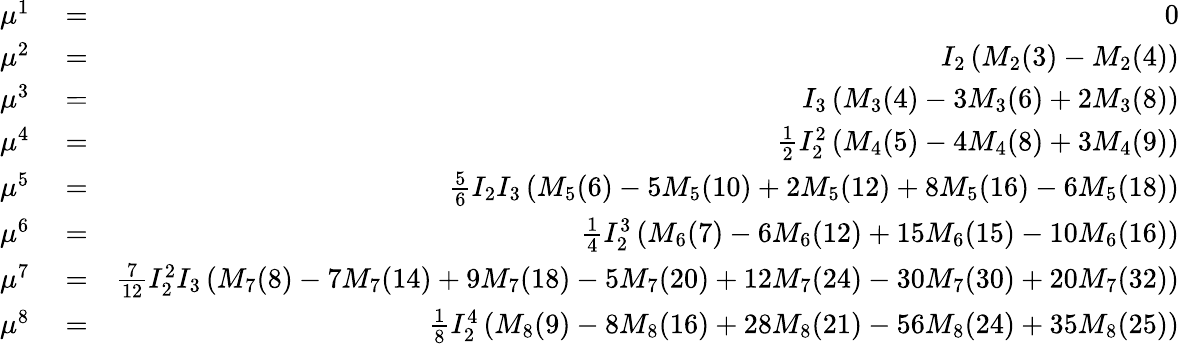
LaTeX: \begin{array}{rlr}{\mu^{1}}&{{}=}&{0}\\ {\mu^{2}}&{{}=}&{I_{2}\left(M_{2}(3)-M_{2}(4)\right)}\\ {\mu^{3}}&{{}=}&{I_{3}\left(M_{3}(4)-3M_{3}(6)+2M_{3}(8)\right)}\\ {\mu^{4}}&{{}=}&{\frac{1}{2}I_{2}^{2}\left(M_{4}(5)-4M_{4}(8)+3M_{4}(9)\right)}\\ {\mu^{5}}&{{}=}&{\frac{5}{6}I_{2}I_{3}\left(M_{5}(6)-5M_{5}(10)+2M_{5}(12)+8M_{5}(16)-6M_{5}(18)\right)}\\ {\mu^{6}}&{{}=}&{\frac{1}{4}I_{2}^{3}\left(M_{6}(7)-6M_{6}(12)+15M_{6}(15)-10M_{6}(16)\right)}\\ {\mu^{7}}&{{}=}&{\frac{7}{12}I_{2}^{2}I_{3}\left(M_{7}(8)-7M_{7}(14)+9M_{7}(18)-5M_{7}(20)+12M_{7}(24)-30M_{7}(30)+20M_{7}(32)\right)}\\ {\mu^{8}}&{{}=}&{\frac{1}{8}I_{2}^{4}\left(M_{8}(9)-8M_{8}(16)+28M_{8}(21)-56M_{8}(24)+35M_{8}(25)\right)}\end{array}